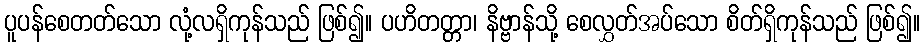
ပူပန်စေတတ်သော လုံ့လရှိကုန်သည် ဖြစ်၍။ ပဟိတတ္တာ၊ နိဗ္ဗာန်သို့ စေလွှတ်အပ်သော စိတ်ရှိကုန်သည် ဖြစ်၍။